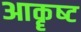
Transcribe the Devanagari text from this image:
आकॄष्‍ट